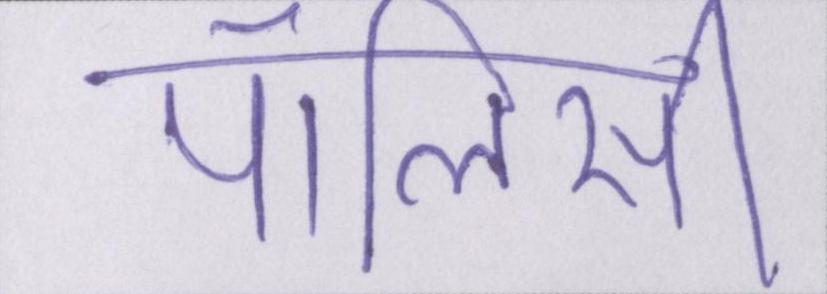
पॉलिसी